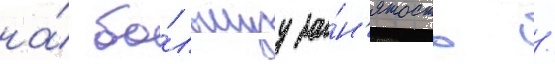
на́ бо́льшуу за́н'ятость /